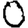
Digit: 0